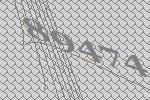
89474